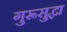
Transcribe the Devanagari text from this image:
गुरूसुद्धा